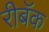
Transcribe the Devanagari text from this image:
रीबॅक